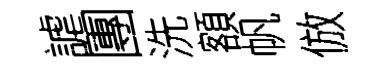
謔團洗額帆倣